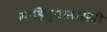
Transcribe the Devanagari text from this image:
साहित्यासारखी